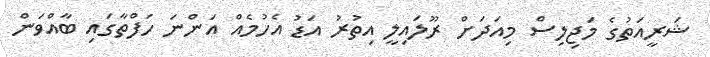
ޝަރީއަތުގެ މަޖިލިސް މިއަދަށް ރޫލައިލީ އިތުރު އަޑު އެހުމެއް އަންނަ ހަފްތާގައި ބާއްވަން